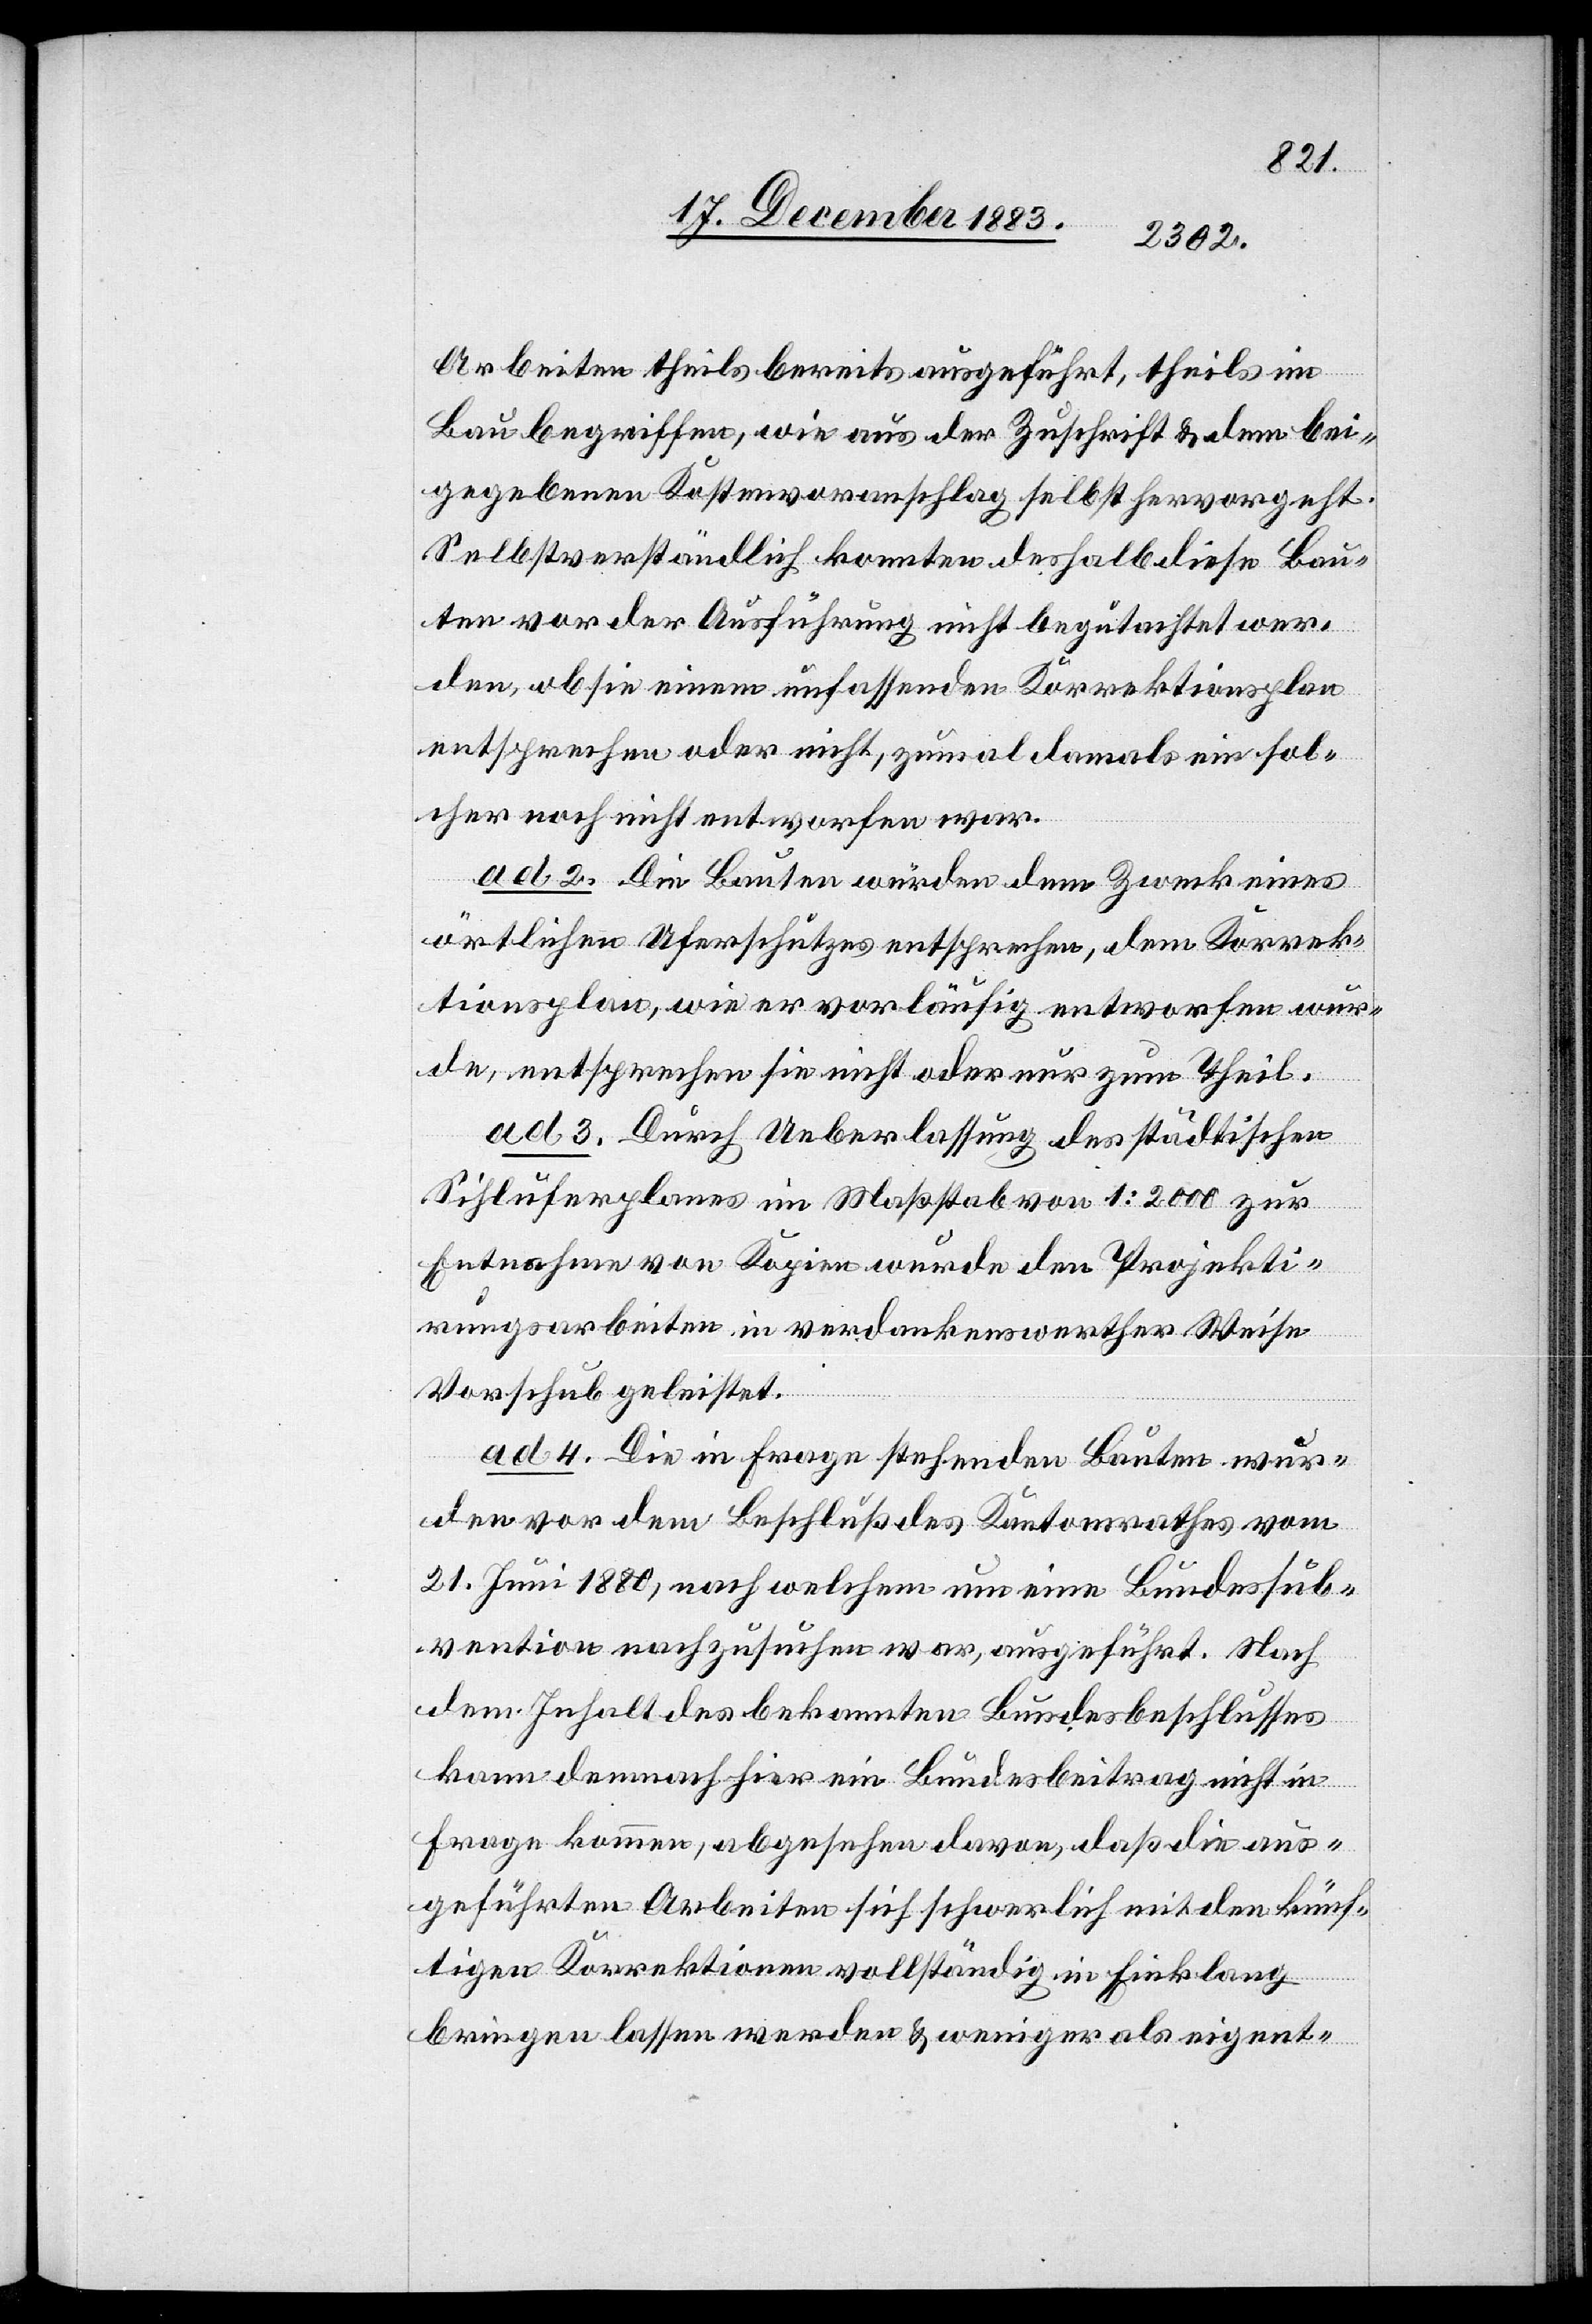
Arbeiten theils bereits ausgeführt, theils im
Bau begriffen, wie aus der Zuschrift & dem bei¬
gegebenen Kostenvoranschlag selbst hervorgeht.
Selbstverständlich konnten deshalb diese Bau¬
ten vor der Ausführung nicht begutachtet wer¬
den, ob sie einem umfassenden Korrektionsplan
entsprechen oder nicht, zumal damals ein sol¬
cher noch nicht entworfen war.
ad 2. Die Bauten würden dem Zweck eines
örtlichen Uferschutzes entsprechen, dem Korrek¬
tionsplan, wie er vorläufig entworfen wur¬
de, entsprechen sie nicht oder nur zum Theil.
ad 3. Durch Ueberlassung des städtischen
Sihluferplanes im Maßstab 1:2000 zur
Entnahme von Kopien wurde den Projekti¬
rungsarbeiten in verdankenswerther Weise
Vorschub geleistet.
ad 4. Die in Frage stehenden Bauten wur¬
den vor dem Beschluß des Kantonsrathes vom
21. Juni 1880, nach welchem um eine Bundessub¬
vention nachzusuchen war, ausgeführt. Nach
dem Inhalt des bekannten Bundesbeschlusses
kann demnach hier ein Bundesbeitrag nicht in
Frage kommen, abgesehen davon, daß die aus¬
geführten Arbeiten sich schwerlich mit den künf¬
tigen Korrektionen vollständig in Einklang
bringen lassen werden & weniger als eigent-